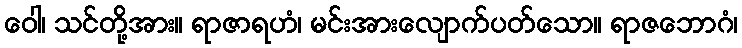
ဝေါ၊ သင်တို့အား။ ရာဇာရဟံ၊ မင်းအားလျောက်ပတ်သော။ ရာဇဘောဂံ၊